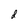
Character: d